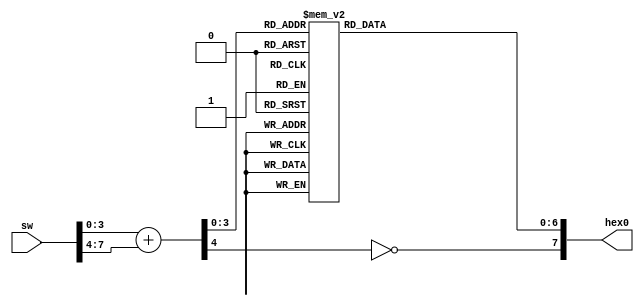
//----------------------------------------------------------------------------
//
//  Exercise   5. Adders
//
//   5.     7- 
//
//----------------------------------------------------------------------------

//----------------------------------------------------------------------------
//
//  Exercise 5.1. Simple 4-bit adder. Carry is displayed as a dot.
//
//   5.1.    .  
//   .
//
//----------------------------------------------------------------------------

module top
(
    input  [7:0] sw,   // switches // 
    output [7:0] hex0  // Seven-segment display // 
);

    wire [3:0] a = sw [3:0];
    wire [3:0] b = sw [7:4];

    wire [4:0] result = a + b;
    wire carry = result [4];

    // a b c d e f g .   // Letter from scheme below
    // 0 1 2 3 4 5 6 7   // Bit in hex0

    //   --a--
    //  |     |
    //  f     b
    //  |     |
    //   --g--
    //  |     |
    //  e     c
    //  |     |
    //   --d-- 

    reg [6:0] abcdefg;

    always @*
    begin
        case (result[3:0])
        4'h0: abcdefg = 7'b1000000;
        4'h1: abcdefg = 7'b1111001;
        4'h2: abcdefg = 7'b0100100;
        4'h3: abcdefg = 7'b0110000;
        4'h4: abcdefg = 7'b0011001;
        4'h5: abcdefg = 7'b0010010;
        4'h6: abcdefg = 7'b0000010;
        4'h7: abcdefg = 7'b1111000;
        4'h8: abcdefg = 7'b0000000;
        4'h9: abcdefg = 7'b0010000;
        4'ha: abcdefg = 7'b0001000;
        4'hb: abcdefg = 7'b0000011;
        4'hc: abcdefg = 7'b1000110;
        4'hd: abcdefg = 7'b0100001;
        4'he: abcdefg = 7'b0000110;
        4'hf: abcdefg = 7'b0001110;
        endcase
    end

    assign hex0[7:0] = { ~carry, abcdefg };

endmodule